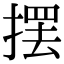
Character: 摆